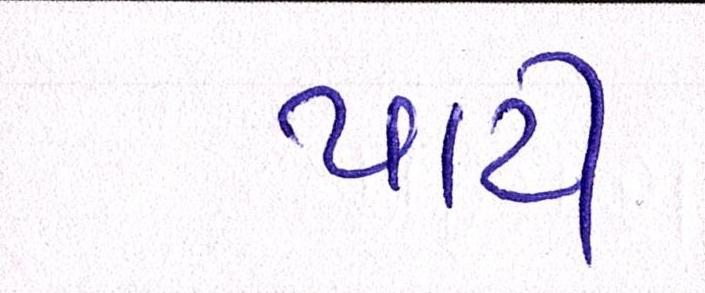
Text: પાર્ટી